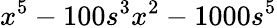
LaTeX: x^{5}-100s^{3}x^{2}-1000s^{5}